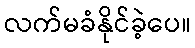
လက်မခံနိုင်ခဲ့ပေ။